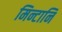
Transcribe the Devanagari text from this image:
मिन्टानि